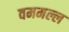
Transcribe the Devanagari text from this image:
वममल्ल